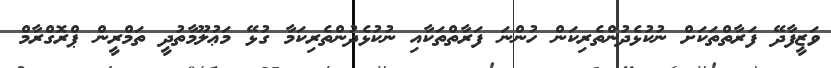
ވަޒީފާދޭ ފަރާތްތަކަށް ނުކުޅެދުންތެރިކަން ހުންނަ ފަރާތްތަކާއި ނުކުޅެދުންތެރިކަމާ ގުޅޭ މަޢުލޫމާތުދީ ތަމްރީން ޕްރޮގްރާމް